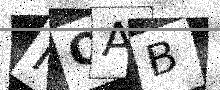
Text: NOAB